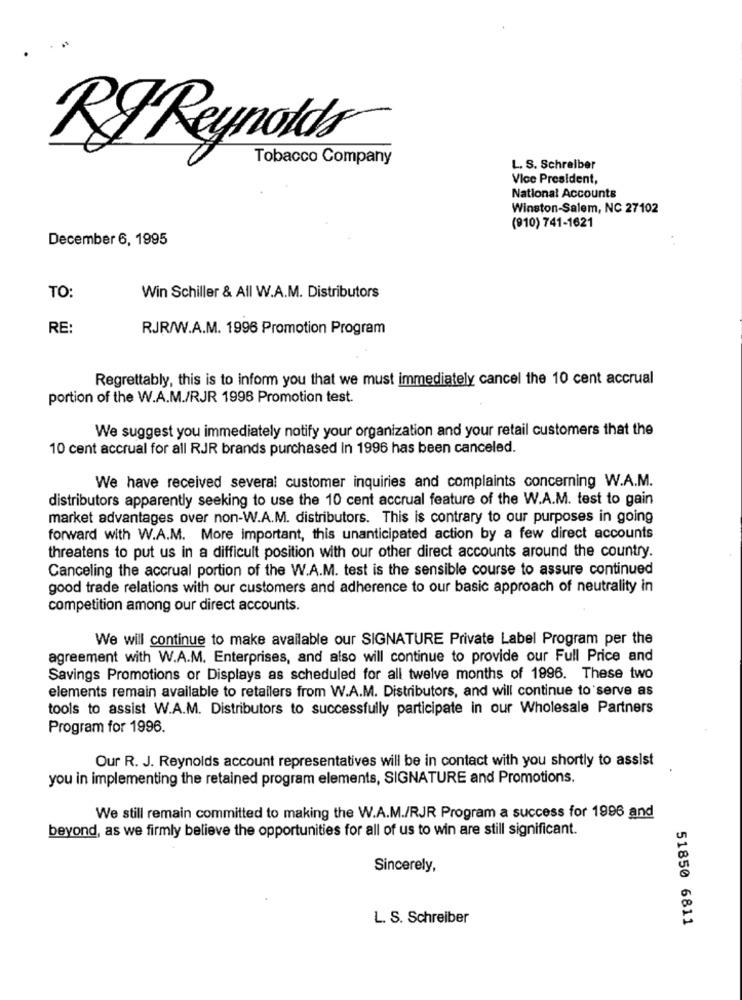
RF Reynolds
Tobacco Company
L. S. Schreiber
Vice President,
National Accounts
Winston-Salem, NC 27102
(810) 741-1621
December 6, 1995
TO:
Win Schiller & All W.A.M. Distributors
RE:
RJR/W.A.M. 1996 Promotion Program
Regrettably, this is to inform you that we must immediately cancel the 10 cent accrual
portion of the W.A.M./RJR 1996 Promotion test.
We suggest you immediately notify your organization and your retail customers that the
10 cent accrual for all RJR brands purchased in 1996 has been canceled.
We have received several customer inquiries and complaints concerning W.A.M.
distributors apparently seeking to use the 10 cent accrual feature of the W.A.M. test to gain
market advantages over non-W.A.M. distributors. This is contrary to our purposes in going
forward with W.A.M. More important, this unanticipated action by a few direct accounts
threatens to put us in a difficult position with our other direct accounts around the country.
Canceling the accrual portion of the W.A.M. test is the sensible course to assure continued
good trade relations with our customers and adherence to our basic approach of neutrality in
competition among our direct accounts.
We will continue to make available our SIGNATURE Private Label Program per the
agreement with W.A.M. Enterprises, and also will continue to provide our Full Price and
Savings Promotions or Displays as scheduled for all twelve months of 1996. These two
elements remain available to retailers from W.A.M. Distributors, and will continue to serve as
tools to assist W.A.M. Distributors to successfully participate in our Wholesale Partners
Program for 1996.
Our R. J. Reynolds account representatives will be in contact with you shortly to assist
you in implementing the retained program elements, SIGNATURE and Promotions.
We still remain committed to making the W.A.M./RJR Program a success for 1996 and
beyond, as we firmly believe the opportunities for all of us to win are still significant.
Sincerely,
L. S. Schreiber
51850 6811